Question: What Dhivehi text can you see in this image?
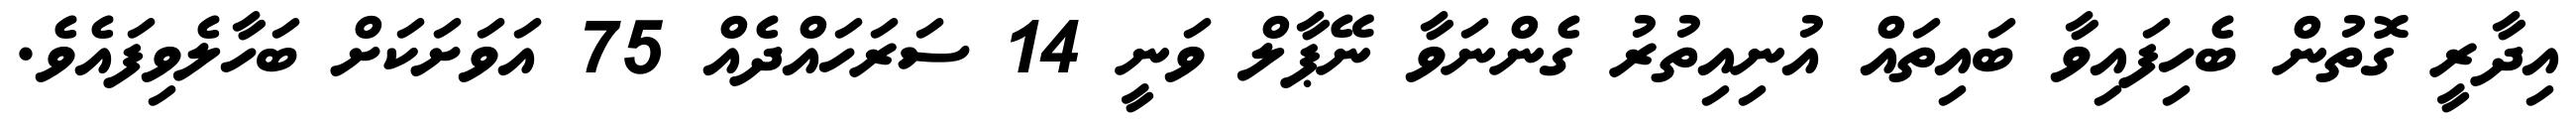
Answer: އިދާރީ ގޮތުން ބެހިފައިވާ ބައިތައް އުނިއިތުރު ގެންނަވާ ނޭޕާލް ވަނީ 14 ސަރަހައްދެއް 75 އަވަށަކަށް ބަހާލެވިފައެވެ.